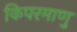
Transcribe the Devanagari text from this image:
किपरमाणु